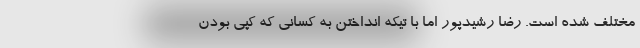
مختلف شده است. رضا رشیدپور اما با تیکه انداختن به کسانی که کپی بودن